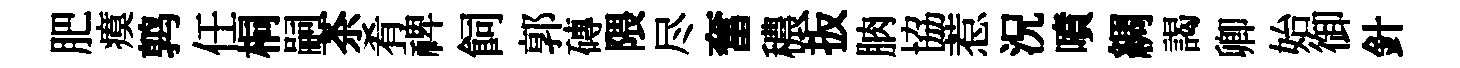
肥瘼鹑任桐嗣茶肴禆飼郭磚隈尽奮穠扳朒協惹況噴綢謁卿始御針